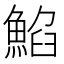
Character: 䱤